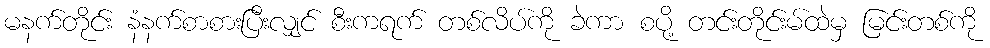
မနက်တိုင်း နံနက်စာစားပြီးလျှင် စီးကရက် တစ်လိပ်ကို ခဲကာ စပို့ တင်းတိုင်းမ်ထဲမှ မြင်းတစ်ကို